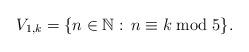
LaTeX: \begin{align*}V_{1,k} = \{ n \in \mathbb{N}: \, n \equiv k \bmod 5 \}.\end{align*}